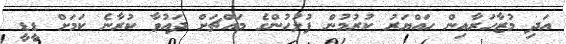
އަދި މުޒާހަރާއިން ހައްޔަރު ކުރުމުން ފުލުހުންގެ މައްޗަށް ދައުވާ ކުރާނެ ކަމަށް ޑީޑީ